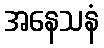
အနေသနံ